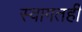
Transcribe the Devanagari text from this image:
स्वागतही